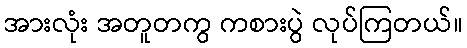
အားလုံး အတူတကွ ကစားပွဲ လုပ်ကြတယ်။